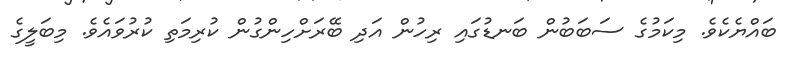
ބައްޔެކެވެ. މިކަމުގެ ސަބަބުން ބަނޑުގައި ރިހުން އަދި ބޭރަށްހިންގުން ކުރިމަތި ކުރުވައެވެ. މިބަލީގެ